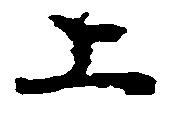
上